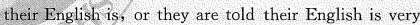
their English is,or they are told their English is very